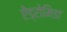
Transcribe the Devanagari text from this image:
ऐंड्रोमिडा